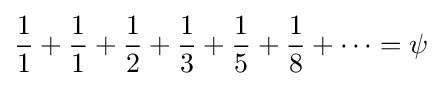
{\frac {1}{1}}+{\frac {1}{1}}+{\frac {1}{2}}+{\frac {1}{3}}+{\frac {1}{5}}+{\frac {1}{8}}+\cdots =\psi